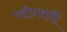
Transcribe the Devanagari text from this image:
परीधवर्ती